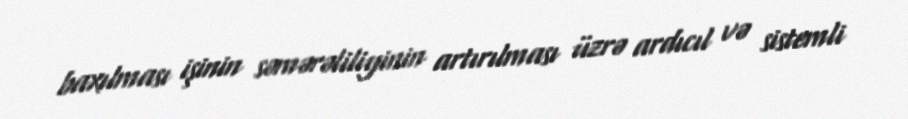
baxılması işinin səmərəliliyinin artırılması üzrə ardıcıl və sistemli